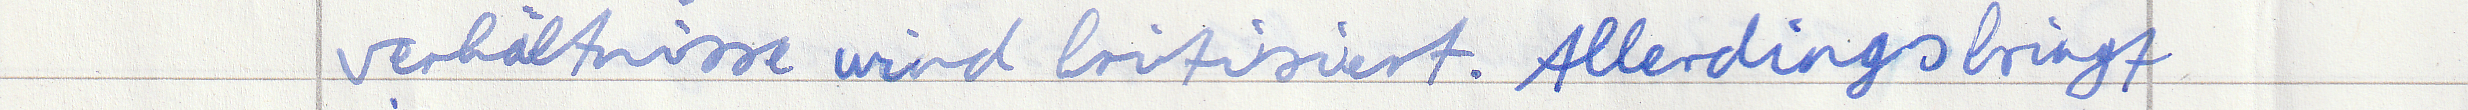
verhältnisse wird kritisiert. Allerdings bringt